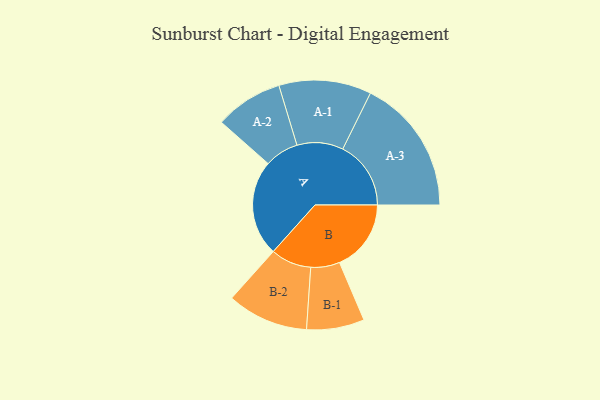
{"axis": {"x": "Segment", "y": "Value"}, "legend": ["", "A", "B"], "data": [{"x": "A", "y": 415, "type": ""}, {"x": "B", "y": 310, "type": ""}, {"x": "A-1", "y": 200, "type": "A"}, {"x": "A-2", "y": 147, "type": "A"}, {"x": "A-3", "y": 295, "type": "A"}, {"x": "B-1", "y": 125, "type": "B"}, {"x": "B-2", "y": 176, "type": "B"}]}